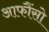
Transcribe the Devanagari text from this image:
आफौंसो